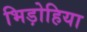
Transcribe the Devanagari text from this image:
भिड़ोहिया